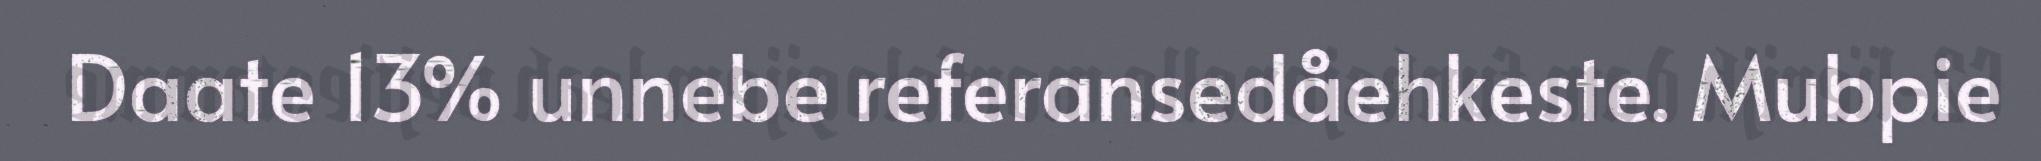
Daate 13% unnebe referansedåehkeste. Mubpie